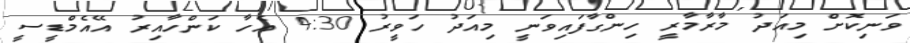
ވަނިކޮށް މިއަދު މާރާމާރީ ހިންގާފައިވަނީ މިއަދު ހަވީރު 4:30 އެހާ ކަންހާއިރު އޭއެމްޑީސީ